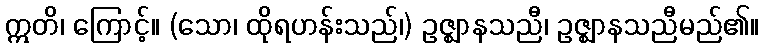
ဣတိ၊ ကြောင့်။ (သော၊ ထိုရဟန်းသည်၊) ဥဇ္ဈာနသညီ၊ ဥဇ္ဈာနသညီမည်၏။